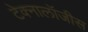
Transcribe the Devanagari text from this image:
टेक्नालॉजीस